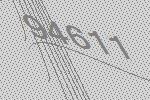
94611